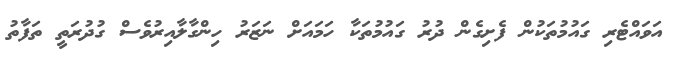
އަވައްޓެރި ގައުމުތަކުން ފެށިގެން ދުރު ގައުމުތަކާ ހަމައަށް ނަޒަރު ހިންގާލާއިރުވެސް ގުދުރަތީ ތަފާތު